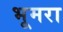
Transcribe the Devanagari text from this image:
भूमरा